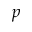
p